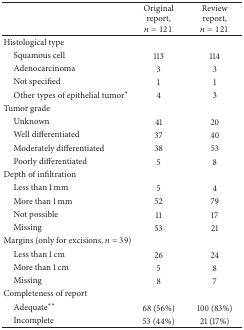
<table><thead><tr><td><b> </b></td><td><b>Original report, <i>n</i> = 121</b></td><td><b>Review report, <i>n</i> = 121</b></td></tr></thead><tbody><tr><td>Histological type</td><td> </td><td> </td></tr><tr><td> Squamous cell</td><td>113</td><td>114</td></tr><tr><td> Adenocarcinoma</td><td>3</td><td>3</td></tr><tr><td> Not specified</td><td>1</td><td>1</td></tr><tr><td> Other types of epithelial tumor*</td><td>4</td><td>3</td></tr><tr><td>Tumor grade</td><td> </td><td> </td></tr><tr><td> Unknown</td><td>41</td><td>20</td></tr><tr><td> Well differentiated</td><td>37</td><td>40</td></tr><tr><td> Moderately differentiated</td><td>38</td><td>53</td></tr><tr><td> Poorly differentiated</td><td>5</td><td>8</td></tr><tr><td>Depth of infiltration</td><td> </td><td> </td></tr><tr><td> Less than 1 mm</td><td>5</td><td>4</td></tr><tr><td> More than 1 mm </td><td>52</td><td>79</td></tr><tr><td> Not possible</td><td>11</td><td>17</td></tr><tr><td> Missing</td><td>53</td><td>21</td></tr><tr><td>Margins (only for excisions, <i>n</i> = 39)</td><td> </td><td> </td></tr><tr><td> Less than 1 cm</td><td>26</td><td>24</td></tr><tr><td> More than 1 cm</td><td>5</td><td>8</td></tr><tr><td> Missing</td><td>8</td><td>7</td></tr><tr><td>Completeness of report</td><td> </td><td> </td></tr><tr><td> Adequate**</td><td>68 (56%)</td><td>100 (83%)</td></tr><tr><td> Incomplete</td><td>53 (44%)</td><td>21 (17%)</td></tr></tbody></table>